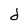
Character: d